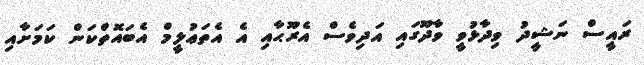
ރައީސް ނަޝީދު ވިދާޅުވީ ވާދޫގައި އަދިވެސް އެރޫޙާއި އެ އެތަޢުލީމް އެބައޮތްކަން ކަމަށާއި